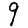
Digit: 9